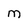
Character: M